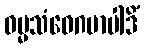
ဓမ္မသံဝေဂမာပါဒိံ